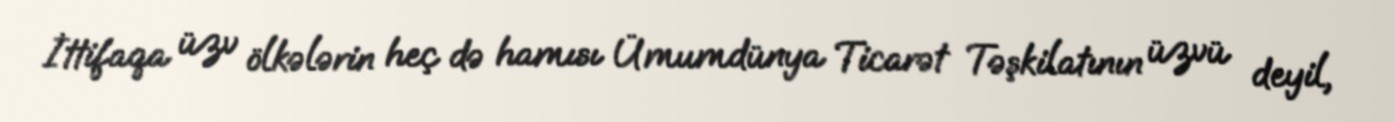
İttifaqa üzv ölkələrin heç də hamısı Ümumdünya Ticarət Təşkilatının üzvü deyil,